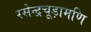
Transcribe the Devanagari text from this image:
रसेन्द्रचूड़ामणि